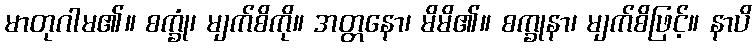
မာတုဂါမ၏။ စက္ခုံ၊ မျက်စိကို။ အတ္တနော၊ မိမိ၏။ စက္ခုနာ၊ မျက်စိဖြင့်။ နာပိ